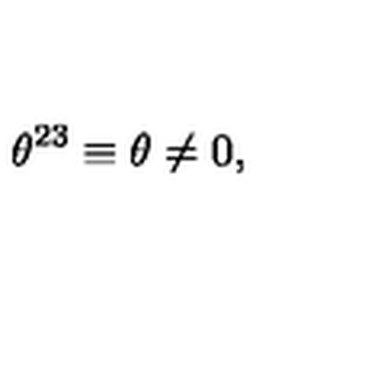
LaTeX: \theta ^ { 2 3 } \equiv \theta \ne 0 ,